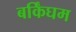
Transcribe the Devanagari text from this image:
बर्किंघम